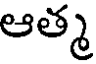
ఆత్మ